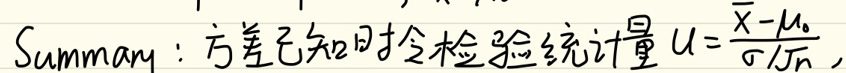
Summary: 方差已知时的检验统计量 \(u = \frac{\overline{x}-\mu_0}{\sigma/\sqrt{n}}\)